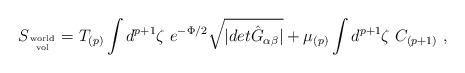
\begin{align*}S_{\rm world\atop vol} = T_{(p)} \int d^{p+1}\zeta \ e^{-\Phi/2}\sqrt{\vert det{\hat G}_{\alpha\beta}\vert }+ \mu_{(p)} \int d^{p+1}\zeta\ C_{(p+1)} \ ,\end{align*}